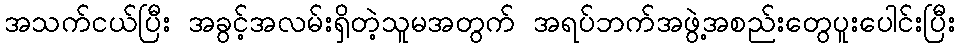
အသက်ငယ်ပြီး အခွင့်အလမ်းရှိတဲ့သူမအတွက် အရပ်ဘက်အဖွဲ့အစည်းတွေပူးပေါင်းပြီး